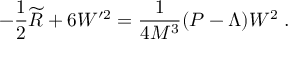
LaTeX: - \frac 1 2 \widetilde { R } + 6 W ^ { \prime 2 } = \frac 1 { 4 M ^ { 3 } } ( P - \Lambda ) W ^ { 2 } \; .